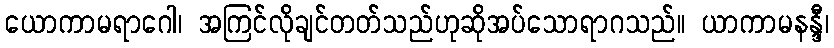
ယောကာမရာဂေါ၊ အကြင်လိုချင်တတ်သည်ဟုဆိုအပ်သောရာဂသည်။ ယာကာမနန္ဒီ၊